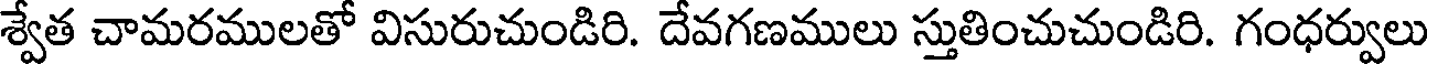
శ్వేత చామరములతో విసురుచుండిరి. దేవగణములు స్తుతించుచుండిరి. గంధర్వులు